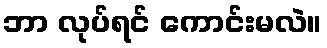
ဘာ လုပ်ရင် ကောင်းမလဲ။